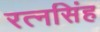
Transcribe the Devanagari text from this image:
रत्‍नसिंह